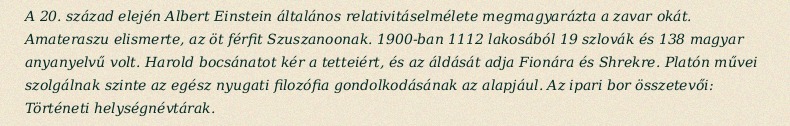
A 20. század elején Albert Einstein általános relativitáselmélete megmagyarázta a zavar okát. Amateraszu elismerte, az öt férfit Szuszanoonak. 1900-ban 1112 lakosából 19 szlovák és 138 magyar anyanyelvű volt. Harold bocsánatot kér a tetteiért, és az áldását adja Fionára és Shrekre. Platón művei szolgálnak szinte az egész nyugati filozófia gondolkodásának az alapjául. Az ipari bor összetevői: Történeti helységnévtárak.